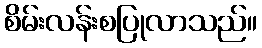
စိမ်းလန်းစပြုလာသည်။